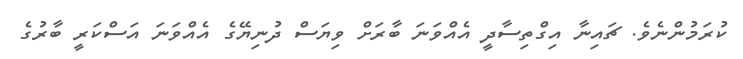
ކުރަމުންނެވެ. ޗައިނާ އިގްތިސާދީ އެއްވަނަ ބާރަށް ވިޔަސް ދުނިޔޭގެ އެއްވަނަ އަސްކަރީ ބާރުގެ